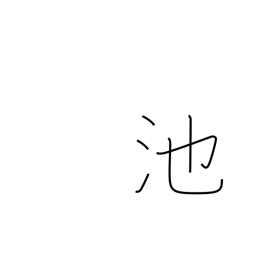
Meaning: pond